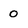
Character: 0